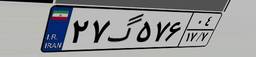
۲۷گ۵۷۶۰۴